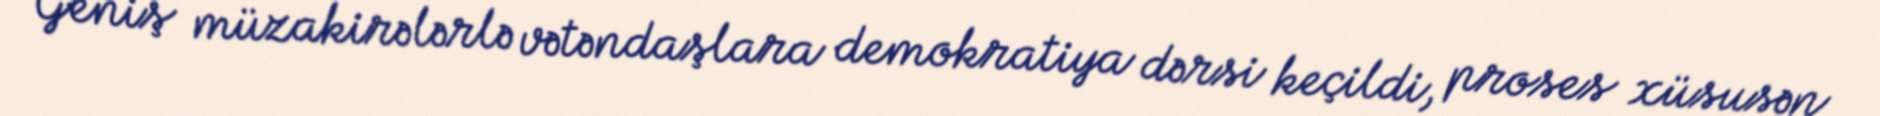
Geniş müzakirələrlə vətəndaşlara demokratiya dərsi keçildi, proses xüsusən